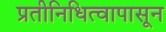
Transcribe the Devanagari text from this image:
प्रतीनिधित्वापासून